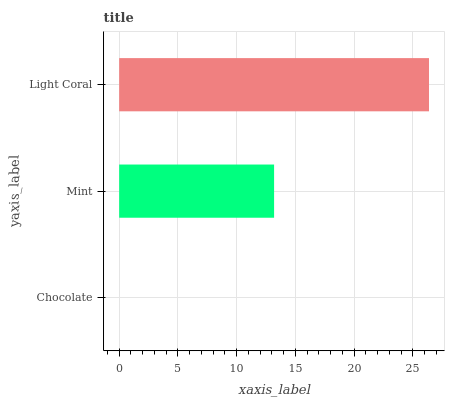
| yaxis_label | bars |
 | --- | --- |
 | Chocolate | 0 |
 | Mint | 13.2 |
 | Light Coral | 26.4 |